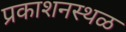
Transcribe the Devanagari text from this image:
प्रकाशनस्थळ